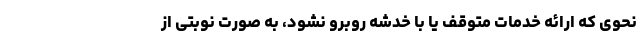
نحوی که ارائه خدمات متوقف یا با خدشه روبرو نشود، به صورت نوبتی از